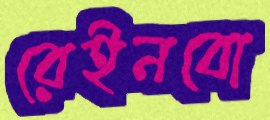
রেইনবো